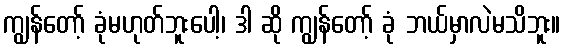
ကျွန်တော့် ခုံမဟုတ်ဘူးပေါ့၊ ဒါ ဆို ကျွန်တော့် ခုံ ဘယ်မှာလဲမသိဘူး။